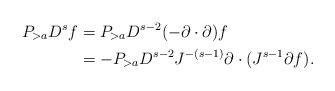
LaTeX: \begin{align*}P_{>a} D^s f & = P_{>a} D^{s-2} (-\partial \cdot \partial)f \\& = -P_{>a} D^{s-2} J^{-(s-1)} \partial \cdot (J^{s-1} \partial f).\end{align*}